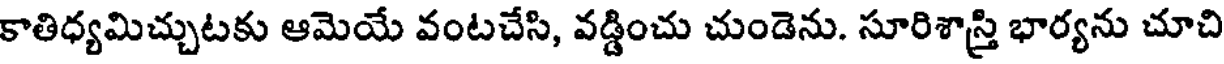
కాతిధ్యమిచ్చుటకు ఆమెయే వంటచేసి, వడ్డించు చుండెను. సూరిశాస్త్రి భార్యను చూచి